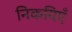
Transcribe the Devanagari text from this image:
निकयिएँ